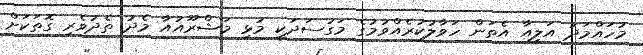
މުހައްމަދު އަލީއާ އެތަން ހަވާލުކުރެއްވުމުގެ މަގުސަދަކީ މުޅި މަޝްރޫއުއާ މެދު ތެދުވެރި ގޮތަކަށް